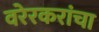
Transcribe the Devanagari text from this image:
वरेरकरांचा